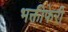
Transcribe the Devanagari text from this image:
भक्तीफेरी